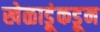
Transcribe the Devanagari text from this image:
खेळाडूंकडून